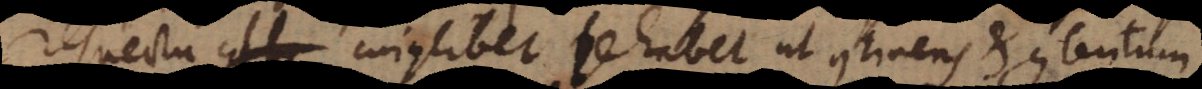
respectu cujuslibet se habet ut continens et contentum